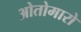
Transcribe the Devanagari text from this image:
ओतोमारो